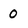
Character: 0